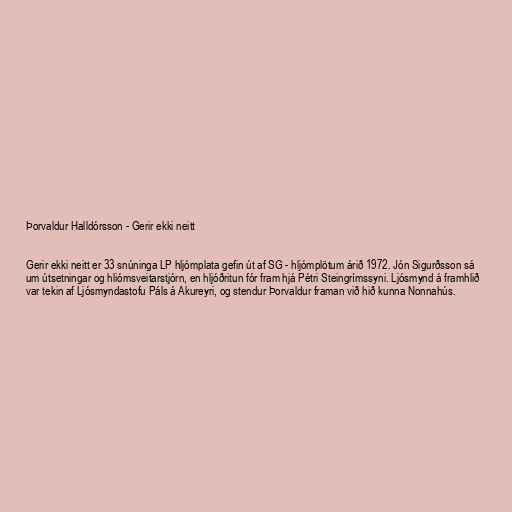
Þorvaldur Halldórsson - Gerir ekki neitt

Gerir ekki neitt er 33 snúninga LP hljómplata gefin út af SG - hljómplötum árið 1972. Jón Sigurðsson sá
um útsetningar og hliómsveitarstjórn, en hljóðritun fór fram hjá Pétri Steingrímssyni. Ljósmynd á framhlið
var tekin af Ljósmyndastofu Páls á Akureyri, og stendur Þorvaldur framan við hið kunna Nonnahús.